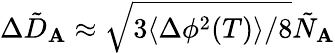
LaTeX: \Delta\tilde{D}_{\mathbf{A}}\approx\sqrt{3\langle\Delta\phi^{2}(T)\rangle/8}\tilde{N}_{\mathbf{A}}